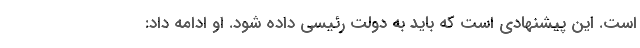
است. این پیشنهادی است که باید به دولت رئیسی داده شود. او ادامه داد: